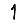
Digit: 1